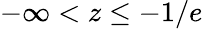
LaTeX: -\infty<z\leq-1/e